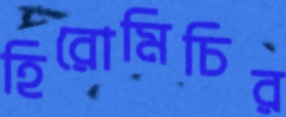
হিরোমিচির